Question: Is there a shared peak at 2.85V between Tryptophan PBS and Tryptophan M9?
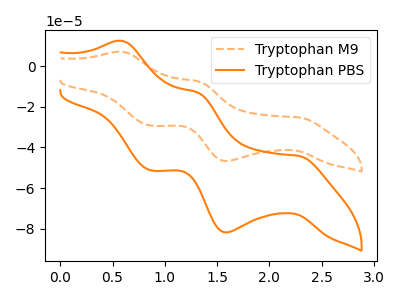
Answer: <think>The orange dashed curve "Tryptophan M9" has anodic peaks at (0.60V, 7.15uA) (1.30V, -7.45uA) and cathodic peaks at (2.30V, -25.20uA) (1.60V, -46.70uA) (0.85V, -29.25uA). The orange curve "Tryptophan PBS" has anodic peaks at (0.60V, 12.50uA) (1.30V, -13.05uA) and cathodic peaks at (2.30V, -44.15uA) (1.60V, -81.85uA) (0.85V, -51.25uA).</think>
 <answer>No, "Tryptophan PBS" and "Tryptophan M9" dont share a peak at 2.85V.</answer>
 <eval>mismatch</eval>